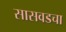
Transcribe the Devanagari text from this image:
सासवडचा